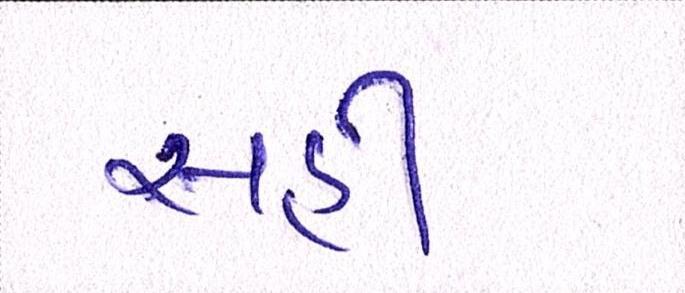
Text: સહી